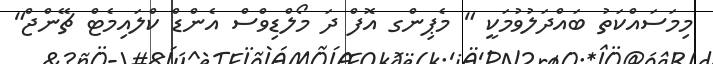
މިމަސައްކަތު ބައްދަލުވުމަކީ " މެޕިންގ އޮފް ދަ މޯލްޑިވްސް އެންޑް ކްލައިމެޓް ޗޭންޖް"